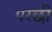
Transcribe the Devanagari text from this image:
परछी